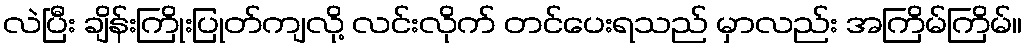
လဲပြီး ချိန်းကြိုးပြုတ်ကျလို့ လင်းလိုက် တင်ပေးရသည် မှာလည်း အကြိမ်ကြိမ်။